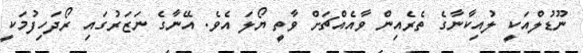
ނޫޑުލްއަކީ ލުއިކާނާގެ ތެރެއިން ވާއެއްޗަށް ވާތީ ޔޯލަ އެވެ. އޭނާގެ ނަޒަރުގައި ރޯދަހިފުމަކީ